65_HS1-834228961_62-HQ-83894_Section_4
Agency: FBI
Page 60
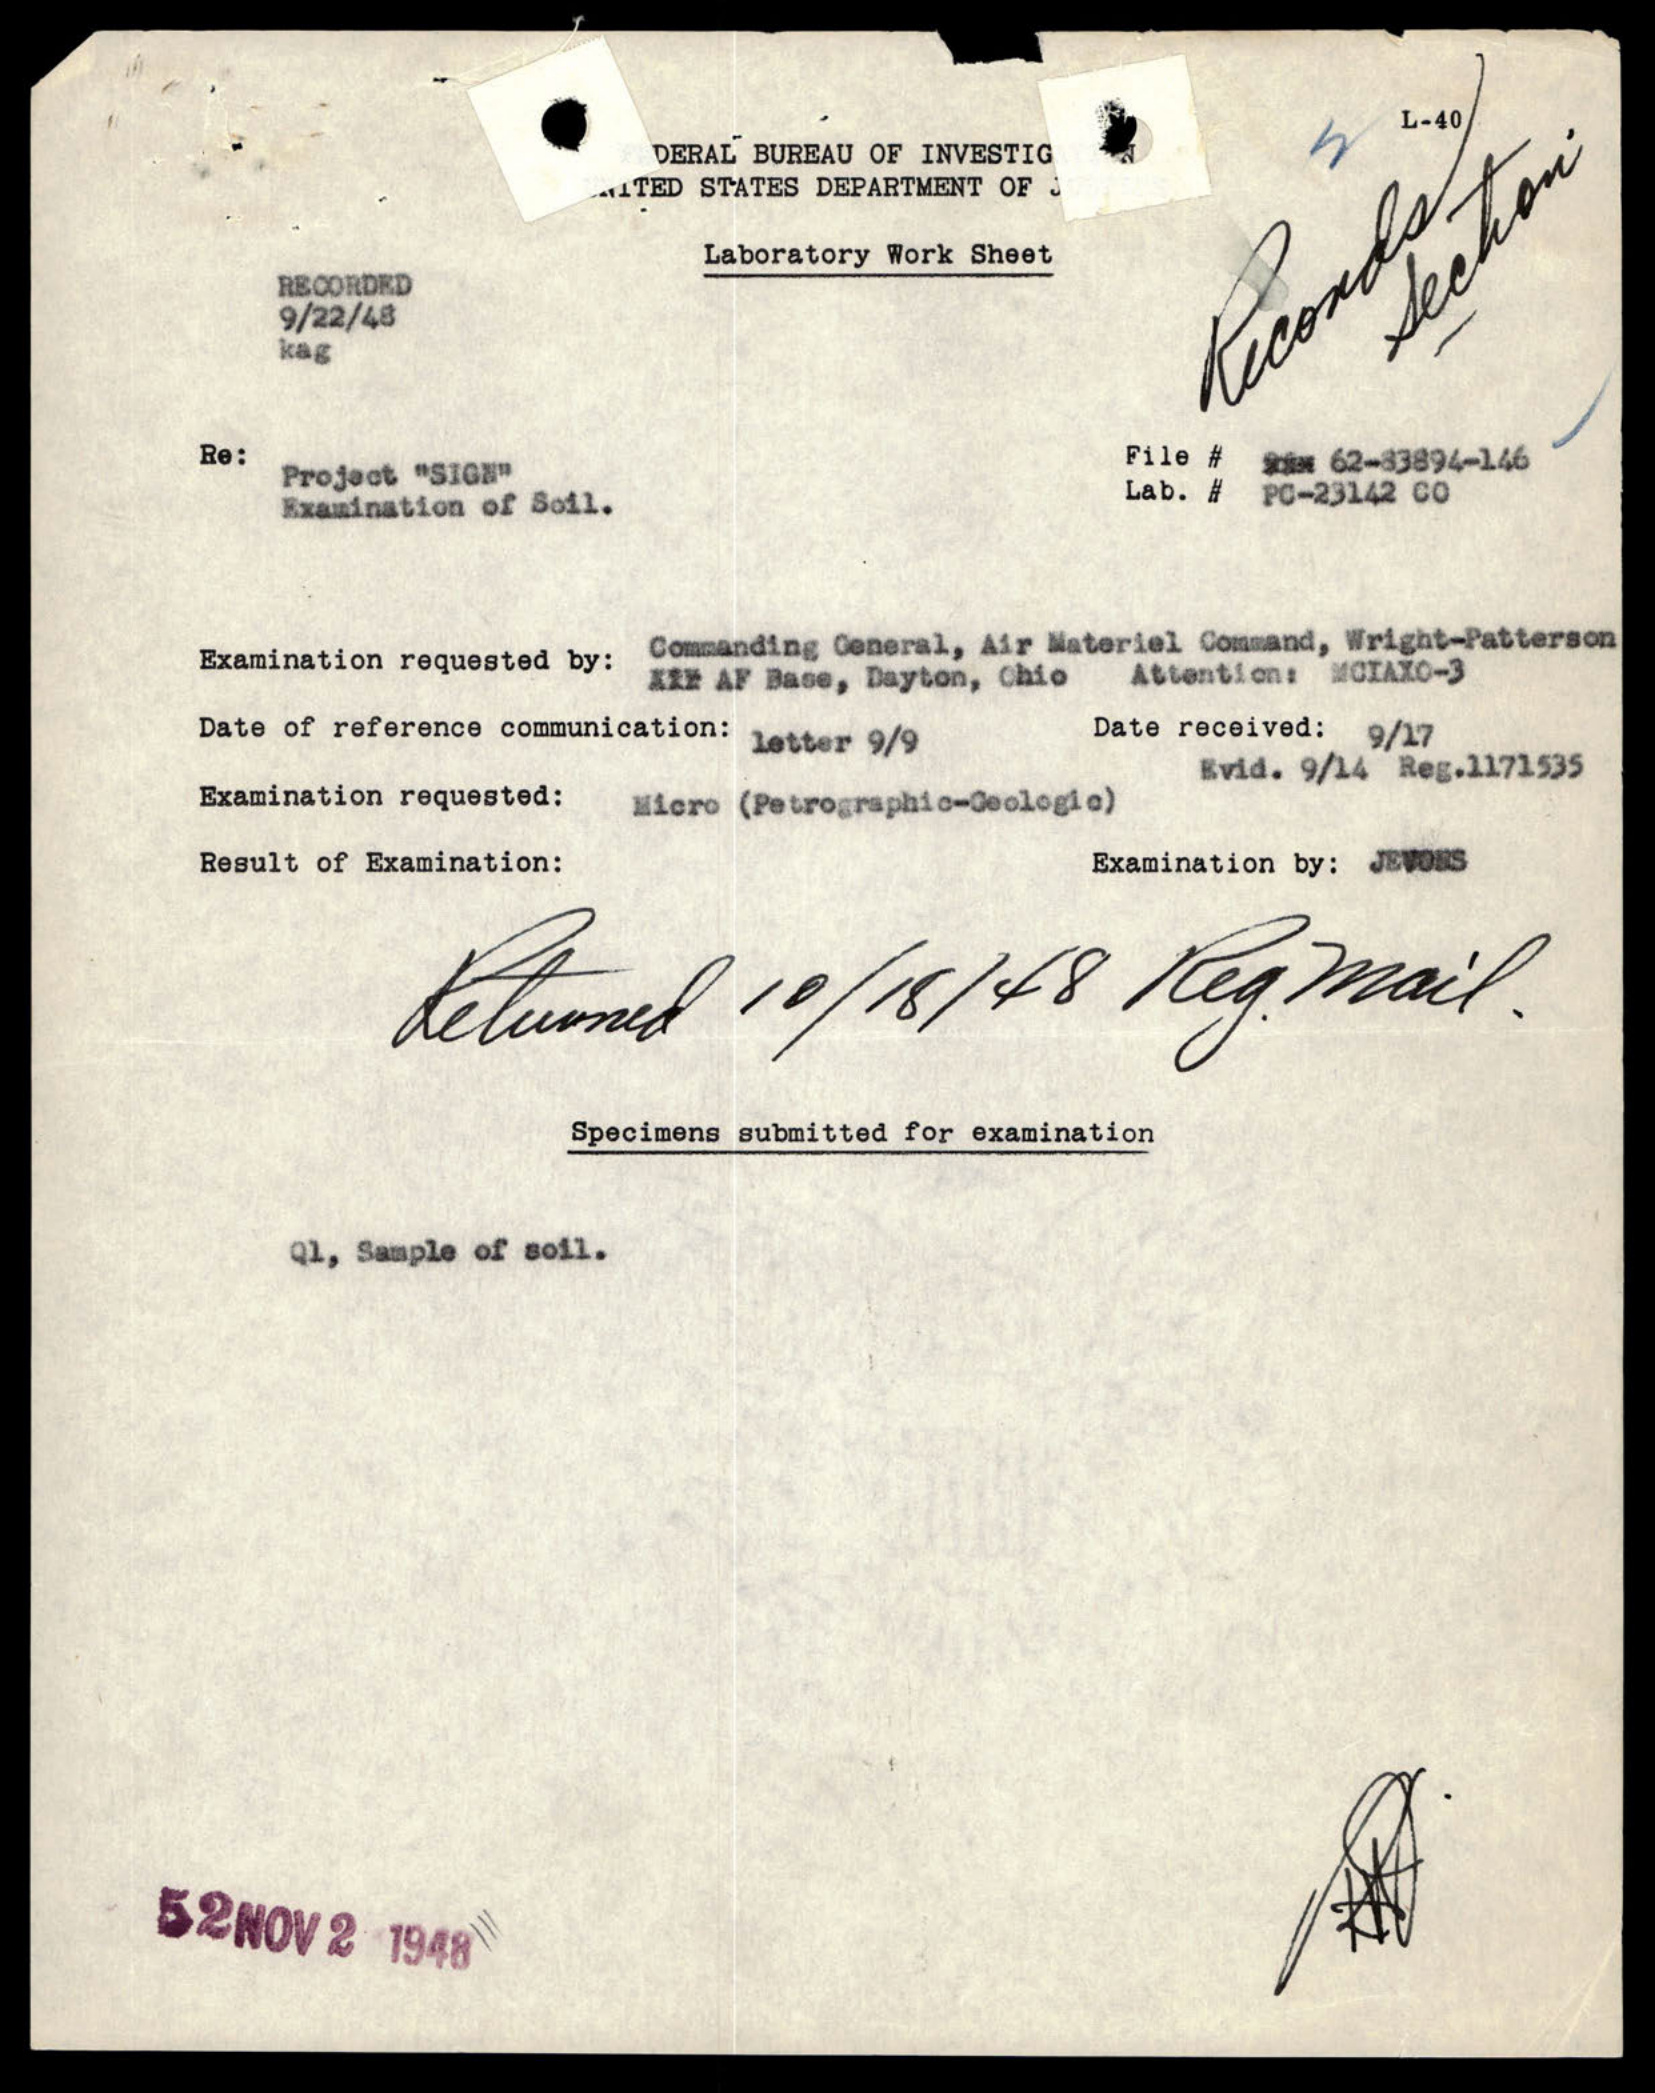